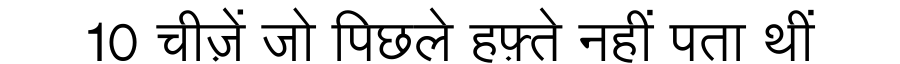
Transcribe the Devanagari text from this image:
10 चीज़ें जो पिछले हफ़्ते नहीं पता थीं